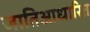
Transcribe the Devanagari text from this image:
जातिआधारित